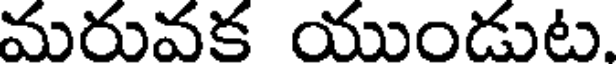
మరువక యుండుట.